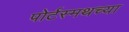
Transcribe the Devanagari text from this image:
पोर्टस्मथच्या